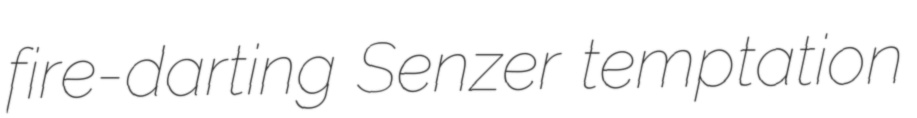
fire-darting Senzer temptation